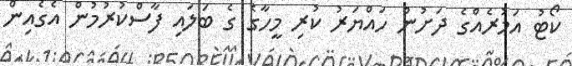
ކޯޓު އަމުރެއްގެ ދަށުން ހައްޔަރު ކުރި މީހާގެ ގެ ބަލައި ފާސްކުރުމުން އެގެއިން